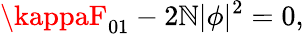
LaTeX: \kappaF_{01}-2\mathbb{N}|\phi|^{2}=0,